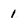
Character: 1